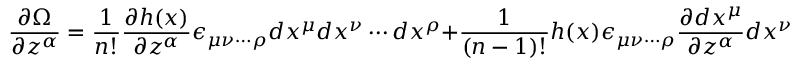
\frac { \partial \Omega } { \partial z ^ { \alpha } } = \frac { 1 } { n ! } \frac { \partial h ( x ) } { \partial z ^ { \alpha } } \epsilon _ { { \mu } { \nu } \cdots { \rho } } d x ^ { \mu } d x ^ { \nu } \cdots d x ^ { \rho } + \frac { 1 } { ( n - 1 ) ! } h ( x ) \epsilon _ { { \mu } { \nu } \cdots { \rho } } \frac { \partial d x ^ { \mu } } { \partial z ^ { \alpha } } d x ^ { \nu } \cdots d x ^ { \rho } .